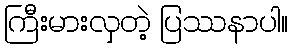
ကြီးမားလှတဲ့ ပြဿနာပါ။